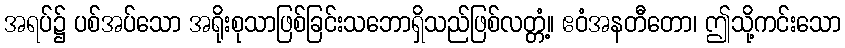
အရပ်၌ ပစ်အပ်သော အရိုးစုသာဖြစ်ခြင်းသဘောရှိသည်ဖြစ်လတ္တံ့။ ဧဝံအနတီတော၊ ဤသို့ကင်းသော